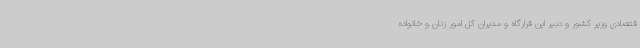
قتصادی وزیر کشور و دبیر این قرارگاه و مدیران کل امور زنان و خانواده